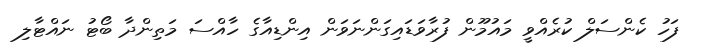
ފަހު ކެންސަލް ކުރެއްވީ މައުމޫން ފުރާވަޑައިގަންނަވަން އިންޑިއާގެ ހާއްސަ މަތިންދާ ބޯޓު ނައްޓާލި